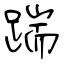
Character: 踹